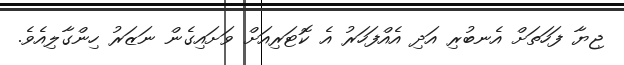
ޖިޔާ ފަހަތަށް އެނބުރި އަދި އެއްފަހަރު އެ ކޮޓަރިއަށް ވަށައިގެން ނަޒަރު ހިންގާލިއެވެ.